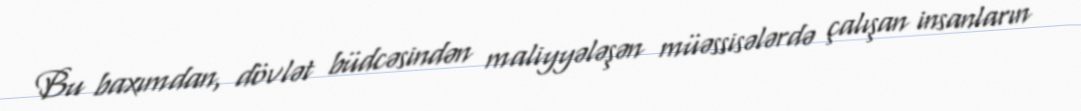
Bu baxımdan, dövlət büdcəsindən maliyyələşən müəssisələrdə çalışan insanların